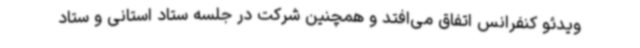
ویدئو کنفرانس اتفاق می‌افتد و همچنین شرکت در جلسه ستاد استانی و ستاد